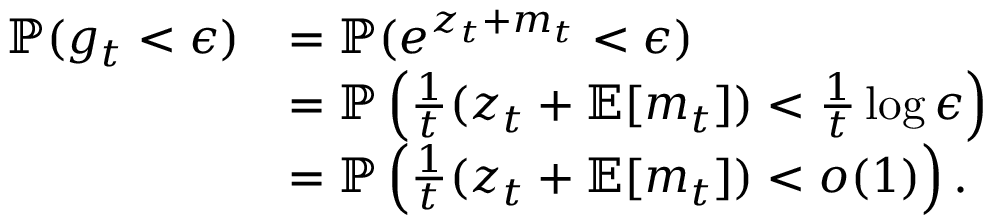
\begin{array} { r l } { \mathbb { P } ( g _ { t } < \epsilon ) } & { = \mathbb { P } ( e ^ { z _ { t } + m _ { t } } < \epsilon ) } \\ & { = \mathbb { P } \left( \frac { 1 } { { t } } ( z _ { t } + \mathbb { E } [ m _ { t } ] ) < \frac { 1 } { { t } } \log \epsilon \right) } \\ & { = \mathbb { P } \left( \frac { 1 } { { t } } ( z _ { t } + \mathbb { E } [ m _ { t } ] ) < o ( 1 ) \right) . } \end{array}